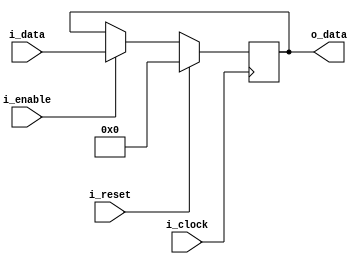
`timescale 1ns / 1ps
//////////////////////////////////////////////////////////////////////////////////
// Company: 
// Engineer: 
// 
// Design Name: 
// Module Name: latch
// Project Name: 
// Target Devices: 
// Tool Versions: 
// Description: 
// 
// Dependencies: 
// 
// Revision:
// Revision 0.01 - File Created
// Additional Comments:
// 
//////////////////////////////////////////////////////////////////////////////////


module latch#(
        parameter BUS_DATA = 8
    )(
        input                       i_clock,
        input                       i_reset,
        input                       i_enable,
      
        input   [BUS_DATA - 1 : 0]  i_data,
        output  [BUS_DATA - 1 : 0]  o_data     
    );
    
    reg [BUS_DATA - 1 : 0]  data_reg, data_next;     
    
    always @(posedge i_clock)
    begin
        if (i_reset)   
            data_reg <= 0;
        else
            data_reg <= data_next;      
    end
    
    always@(*)
    begin
        data_next   =  data_reg;
        if(i_enable)
            data_next   =   i_data;
    end
    
    assign o_data = data_reg;

endmodule